画像に写った文字を読んでください
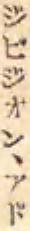
「ジビジオン、アド」と書いてあります